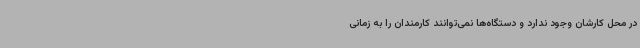
در محل کارشان وجود ندارد و دستگاه‌ها نمی‌توانند کارمندان را به زمانی